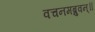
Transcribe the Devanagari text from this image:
वचनमब्रुवन्॥